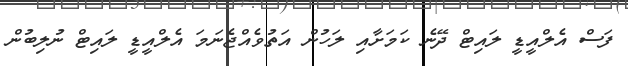
ފަސް އެލްއީޑީ ލައިޓް ދޭނެ ކަމަށާއި ލަހުން އަތުވެއްޖެނަމަ އެލްއީޑީ ލައިޓް ނުލިބުން